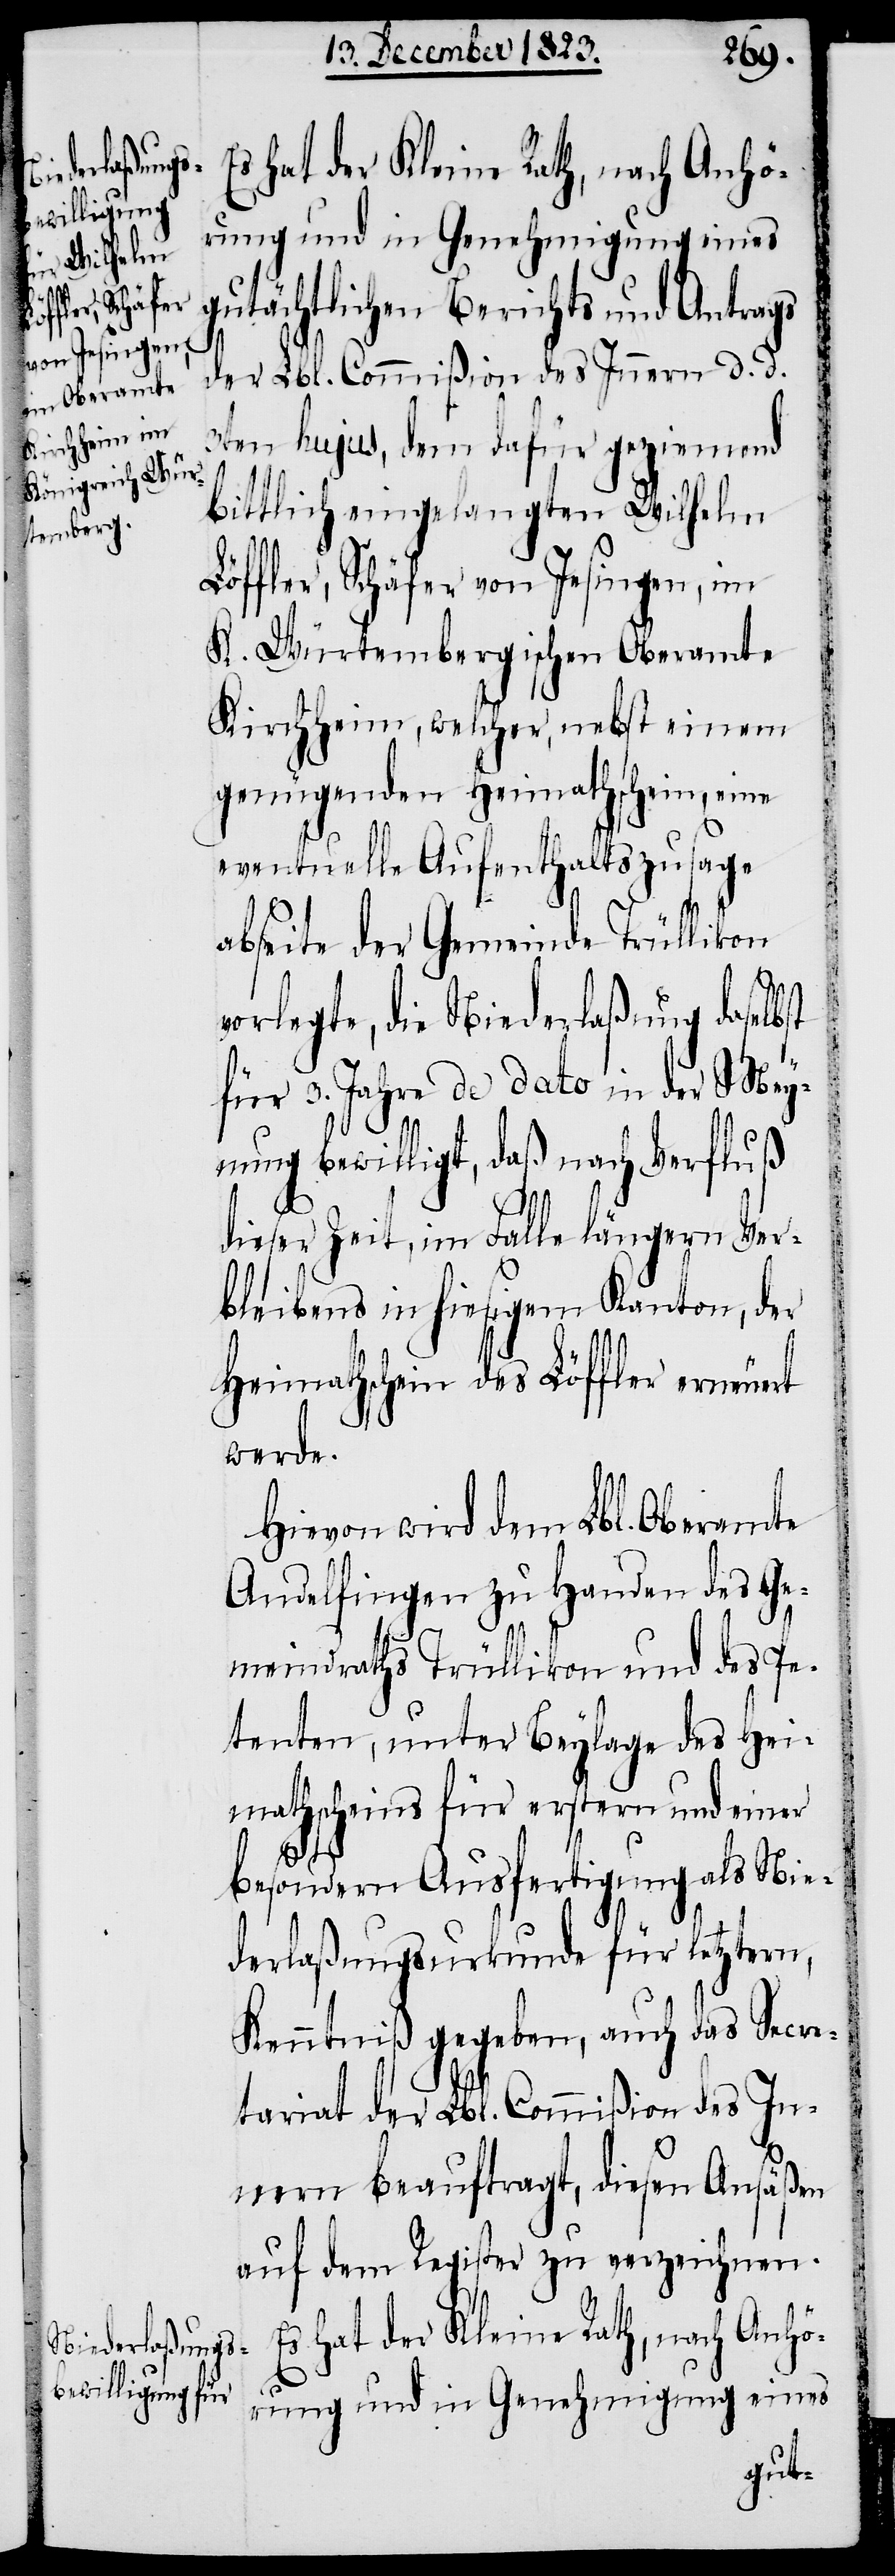
s hat der Kleine Rath, nach Anhö¬
rung und in Genehmigung eines
gutächtlichen Berichts und Antrags
der Lbl. Commißion des Innern d. d.
3ten hujus, dem dafür geziemend
bittlich eingelangten Wilhelm
Löffler, Schäfer von Jesingen, im
K. Würtembergischen Oberamte
Kirchheim, welcher, nebst einem
genügenden Heimathschein, eine
eventuelle Aufenthaltszusage
abseite der Gemeinde Trüllikon
vorlegte, die Niederlaßung daselbst
für 3. Jahre de dato in der Mey¬
nung bewilligt, daß nach Verfluß
dieser Zeit, im Falle längern Ver¬
bleibens in hiesigem Kanton, der
Heimathschein des Löffler erneuert
werde.
Hievon wird dem Lbl. Oberamte
Andelfingen zu Handen des Ge¬
meindraths Trüllikon und des Pe¬
tenten, unter Beylage des Hei¬
mathscheins für erstern und einer
E¬
besondern Ausfertigung als Nie¬
derlaßungsurkunde für letztern,
Kenntniß gegeben, auch das Secre¬
tariat der Lbl. Commißion des In¬
nern beauftragt, diesen Ansäßen
auf dem Register zu verzeichnen.